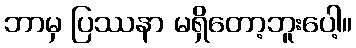
ဘာမှ ပြဿနာ မရှိတော့ဘူးပေါ့။